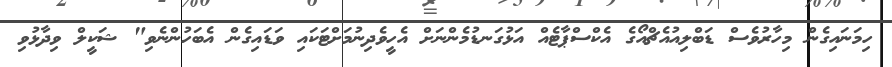
ހިމަނައިގެން މިހާރުވެސް ޑަބްލިއުއެޗްއޯގެ އެކްސްޕާޓެއް އަޅުގަނޑުމެންނަށް އެހީވެދިނުމަށްޓަކައި ވަޑައިގެން އެބަހުންނެވި" ޝަކީލް ވިދާޅުވި